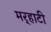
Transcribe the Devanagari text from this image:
मर्‍हाटी